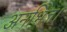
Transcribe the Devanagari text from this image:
अनभिज्ञ।